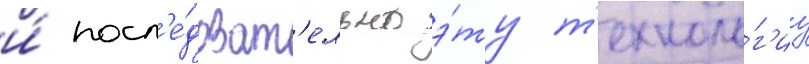
и́ посл'е́доват'ельно э́ту т'ехноло́г'иу